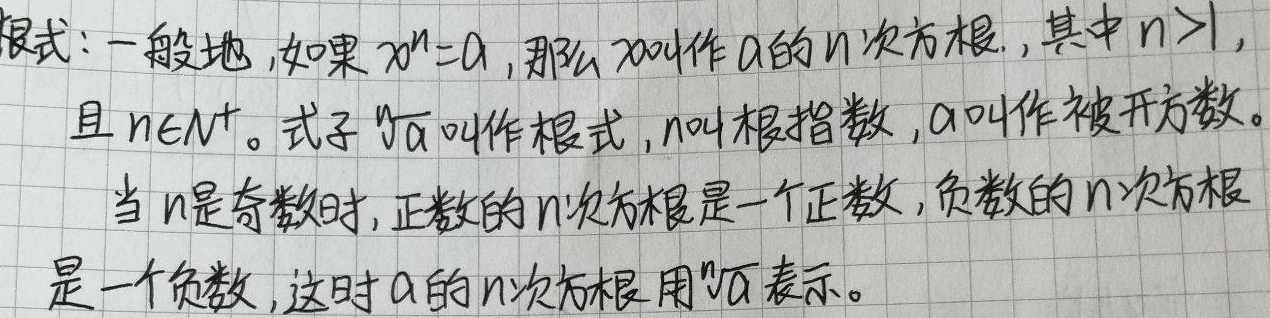
根式：一般地，如果\(x^{n}=a\)，那么\(x\)叫作\(a\)的\(n\)次方根，其中\(n > 1\)，且\(n\in N^{+}\)。式子\(\sqrt[n]{a}\)叫作根式，\(n\)叫根指数，\(a\)叫作被开方数。当\(n\)是奇数时，正数的\(n\)次方根是一个正数，负数的\(n\)次方根是一个负数，这时\(a\)的\(n\)次方根用\(\sqrt[n]{a}\)表示。